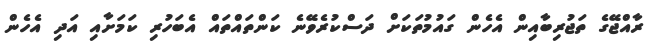
ރާއްޖޭގެ ތަޖުރިބާއިން އެހެން ގައުމުތަކަށް ދަސްކުރެވޭނެ ކަންތައްތައް އެބަހުރި ކަމަށާއި އަދި އެހެން